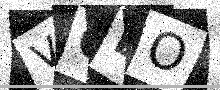
Text: VCDO